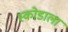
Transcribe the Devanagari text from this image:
स्कोडाला